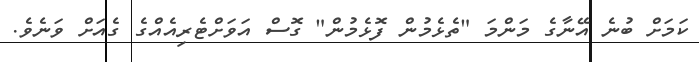
ކަމަށް ބުނެ އޭނާގެ މަންމަ "ތެޅެމުން ފޮޅެމުން" ގޮސް އަވަށްޓެރިއެއްގެ ގެއަށް ވަނެވެ.